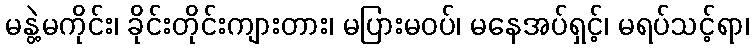
မနွဲ့မကိုင်း၊ ခိုင်းတိုင်းကျားတား၊ မပြားမဝပ်၊ မနေအပ်ရှင့်၊ မရပ်သင့်ရာ၊